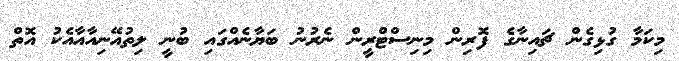
މިކަމާ ގުޅިގެން ޗައިނާގެ ފޮރިން މިނިސްޓްރީން ނެރުނު ބަޔާނެއްގައި ބުނީ ލިތުއޭނިއާއާއެކު އޮތް